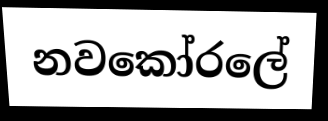
නවකෝරලේ